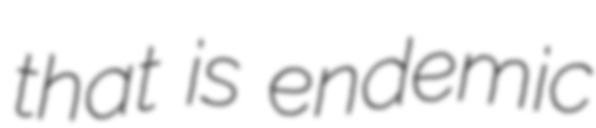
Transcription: that is endemic